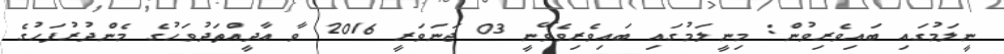
ނީލަމުގައި ބައިވެރިވުން: މިނީލަމުގައި ބައިވެރިވެވޭނީ 03 ޖަނަވަރީ 2016 ވާ އާދީއްތަދުވަހުގެ މެންދުރުފަހުގެ